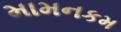
મામનકમ